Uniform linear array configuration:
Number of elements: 24
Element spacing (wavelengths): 1
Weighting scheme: hann
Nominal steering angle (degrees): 15
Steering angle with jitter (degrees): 13.492
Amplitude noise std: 0.05
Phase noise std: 0.05

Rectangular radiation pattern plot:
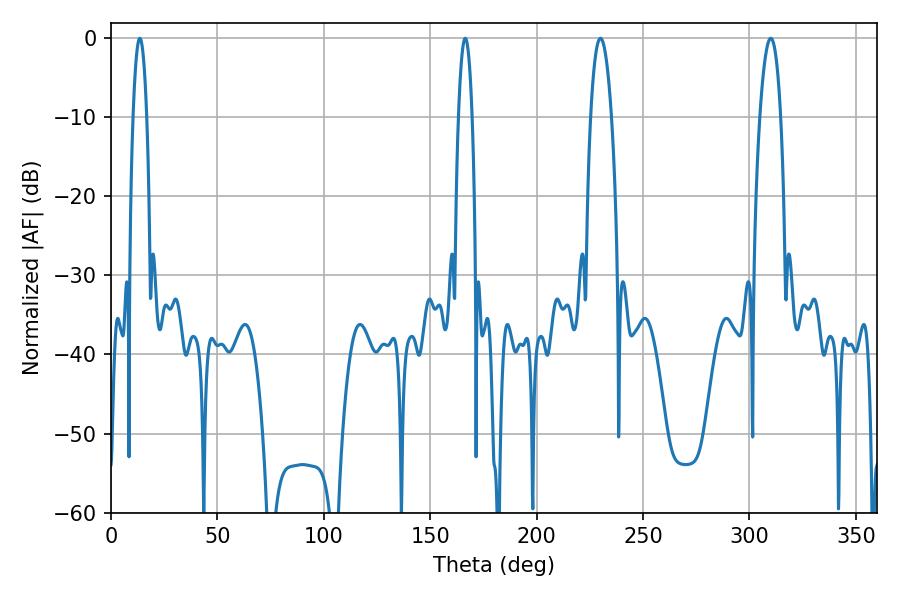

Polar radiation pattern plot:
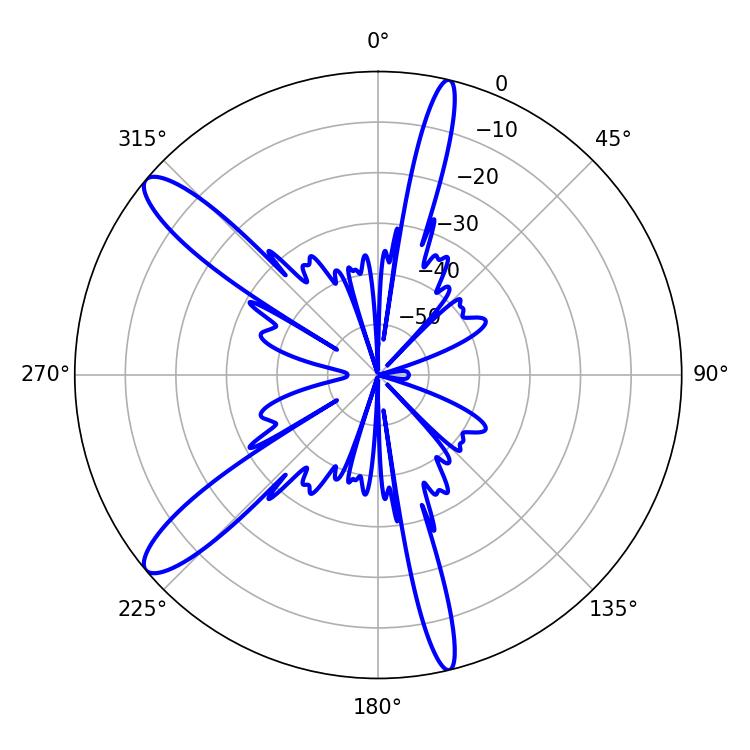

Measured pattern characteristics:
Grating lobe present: TRUE
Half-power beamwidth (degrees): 5.4
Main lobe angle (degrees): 230.04